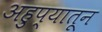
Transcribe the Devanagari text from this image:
अहुप्यातून